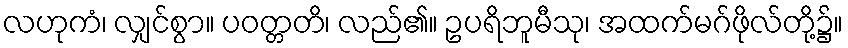
လဟုကံ၊ လျှင်စွာ။ ပဝတ္တတိ၊ လည်၏။ ဥပရိဘူမီသု၊ အထက်မဂ်ဖိုလ်တို့၌။